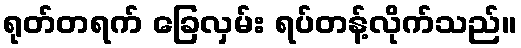
ရုတ်တရက် ခြေလှမ်း ရပ်တန့်လိုက်သည်။